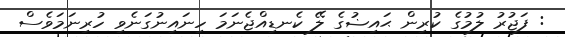
: ފަޖުރު ލުމުގެ ކުރިން ޙައިޟުގެ ލޭ ކެނޑިއްޖެނަމަ ހިނައިނުގަނެވި ހުރިނަމަވެސް